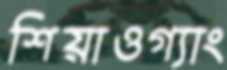
শিয়াওগ্যাং